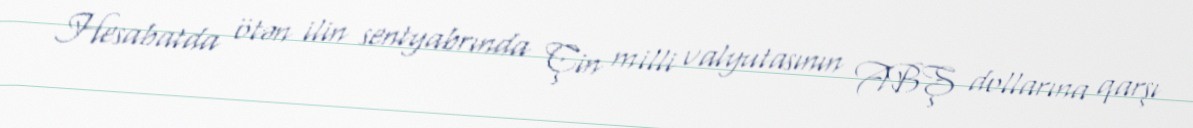
Hesabatda ötən ilin sentyabrında Çin milli valyutasının ABŞ dollarına qarşı